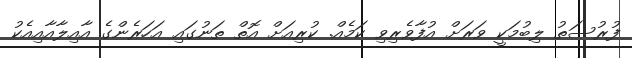
ފުރުސަތު ލިބުމަކީ ވަރަށް އުފާވެރިވި ކަމެއް. ކުރިއަށް އޮތް ތަނުގައި އަހަރެންގެ އާއިލާއާއިއެކު